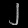
Digit: ၂